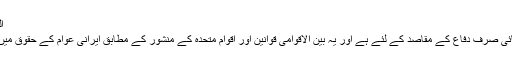
الوقت ک ...
میزائل توانائی صرف دفاع کے مقاصد کے لئے ہے اور یہ بین الاقوامی قوانین اور اقوام متحدہ کے منشور کے مطابق ایرانی عوام کے حقوق میں شامل ہے۔